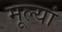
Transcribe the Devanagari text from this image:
मूल्यां